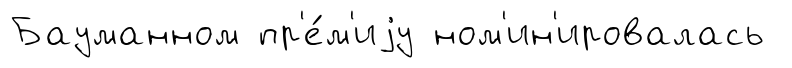
Бауманном пр'е́м'иjу ном'ин'ировалась